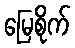
မြေစိုက်